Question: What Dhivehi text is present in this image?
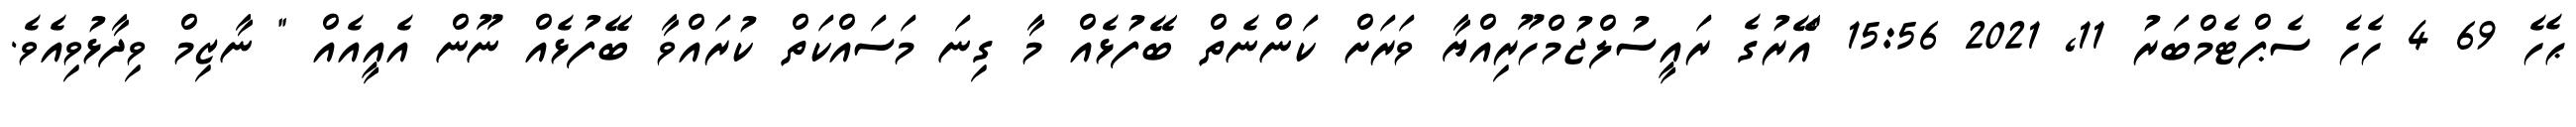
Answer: ޙެހެ 69 4 ހެހެ ސެޕްޓެމްބަރު 11, 2021 15:56 "އޭރުގެ ރައީސުލްޖުމްހޫރިއްޔާ ވަރަށް ކަންނެތް ބޭފުޅެއް މާ ގިނަ މަސައްކަތް ކުރައްވާ ބޭފުޅެއް ނޫން އެއީއެއް " ނާޒިމް ވިދާޅުވިއެވެ.